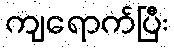
ကျရောက်ပြီး